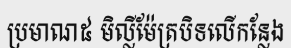
ប្រមាណ៥ មិល្លីម៉ែត្របិទលើកន្លែង